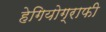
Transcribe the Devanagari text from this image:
हेगियोग्राफी